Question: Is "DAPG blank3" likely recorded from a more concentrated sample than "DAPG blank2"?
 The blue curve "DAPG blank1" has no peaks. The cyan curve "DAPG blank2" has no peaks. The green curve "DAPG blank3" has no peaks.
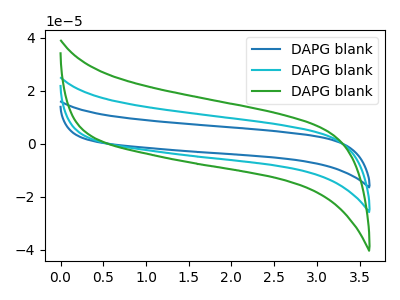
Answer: <think>Neither "DAPG blank3" or "DAPG blank2" have any peaks.
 </think>
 <answer>I cant tell if "DAPG blank3" or "DAPG blank2" has more signal.</answer>
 <eval>mixed_signal</eval>